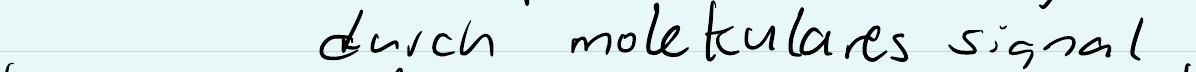
durch molekulares signal